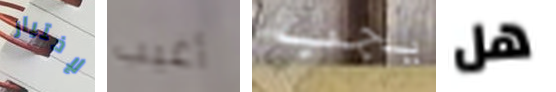
لإختيار أغيب يجب هل